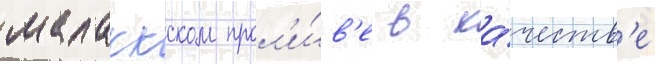
малаккском прол'и́в'е в ка́честв'е